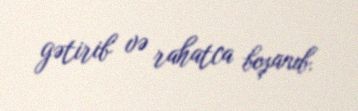
gətirib və rahatca boşanıb.